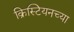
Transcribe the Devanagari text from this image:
क्रिस्टियनच्या